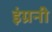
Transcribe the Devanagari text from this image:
इंग्रनी